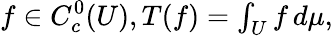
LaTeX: f\in C_{c}^{0}(U),T(f)=\textstyle\int_{U}f\, d\mu,